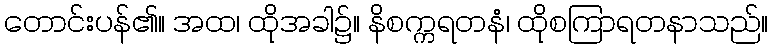
တောင်းပန်၏။ အထ၊ ထိုအခါ၌။ နိစက္ကရတနံ၊ ထိုစကြာရတနာသည်။